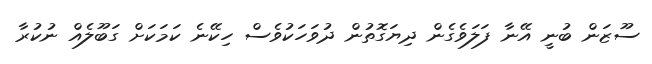
ސޫޒަން ބުނީ އޭނާ ފަލަވެގެން ދިޔަގޮތުން ދުވަހަކުވެސް ހިކޭނެ ކަމަކަށް ގަބޫލެއް ނުކުރާ